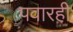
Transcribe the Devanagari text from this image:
पवारही